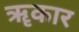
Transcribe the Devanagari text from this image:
ॠकार